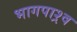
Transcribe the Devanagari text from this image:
भागपाश्र्व